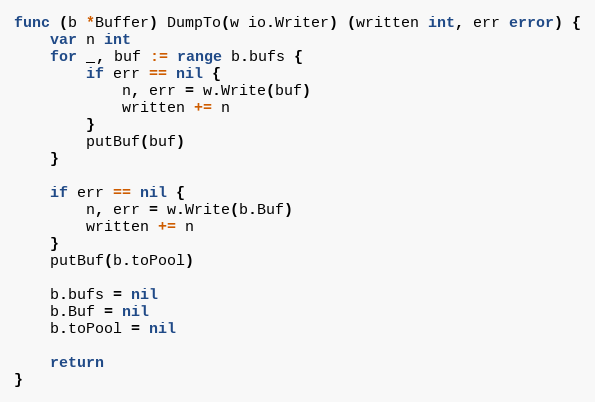
Language: Go
func (b *Buffer) DumpTo(w io.Writer) (written int, err error) {
	var n int
	for _, buf := range b.bufs {
		if err == nil {
			n, err = w.Write(buf)
			written += n
		}
		putBuf(buf)
	}

	if err == nil {
		n, err = w.Write(b.Buf)
		written += n
	}
	putBuf(b.toPool)

	b.bufs = nil
	b.Buf = nil
	b.toPool = nil

	return
}